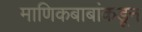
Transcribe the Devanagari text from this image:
माणिकबाबांकडून